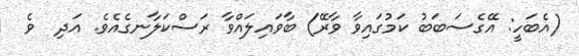
(އެބަހީ: އޭގެސަބަބު ކަމުގައިވާ ވާރޭ) ބާވައިލައްވާ ރަސްކަލާނގެއެވެ. އަދި  ވެ